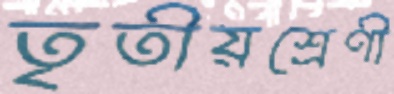
তৃতীয়শ্রেণী